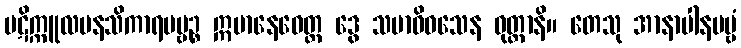
ပဋိက္ကူလမနသိကာရပဗ္ဗဉ္စ ဣမာနေဝေတ္ထ ဒွေ သမာဓိဝသေန ဝုတ္တာနိ။ တေသု အာနာပါနပဗ္ဗံ